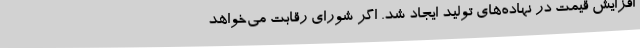
افزایش قیمت در نهاده‌های تولید ایجاد شد. اگر شورای رقابت می‌خواهد